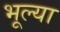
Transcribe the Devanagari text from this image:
भूल्या